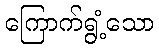
ကြောက်ရွံ့သော